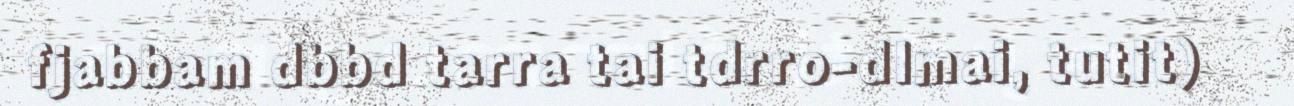
fjabbam dbbd tarra tai tdrro-dlmai, tutit)